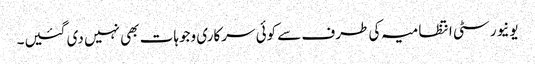
یونیورسٹی انتظامیہ کی طرف سے کوئی سرکاری وجوہات بھی نہیں دی گئیں۔